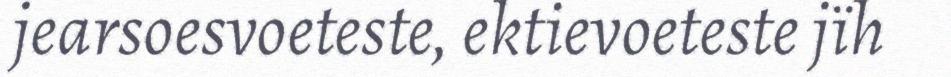
jearsoesvoeteste, ektievoeteste jïh